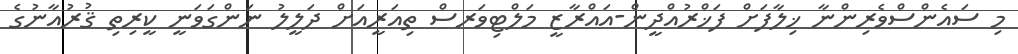
މި ސައެންސްވެރިންނާ ޚިލާފަށް ފަޚްރުއްދީން-އައްރާޒީ މަލްޓިވަރސް ތިއަރީއަށް ދަލީލު ނަންގަވަނީ ކީރިތި ޤުރުއާނުގެ